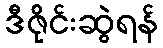
ဒီဇိုင်းဆွဲရန်